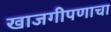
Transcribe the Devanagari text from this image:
खाजगीपणाचा